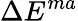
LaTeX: \Delta E^{ma}